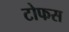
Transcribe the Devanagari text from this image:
टोफस